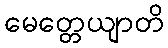
မေတ္တေယျာတိ